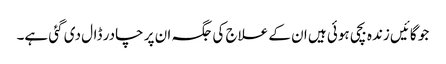
جو گائیں زندہ بچی ہوئی ہیں ان کے علاج کی جگہ ان پر چادر ڈال دی گئی ہے۔